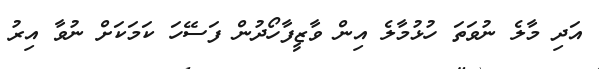
އަދި މާލެ ނުވަތަ ހުޅުމާލެ އިން ވާޒީފާހޯދުން ފަސޭހަ ކަމަކަށް ނުވާ އިރު